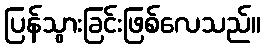
ပြန်သွားခြင်းဖြစ်လေသည်။